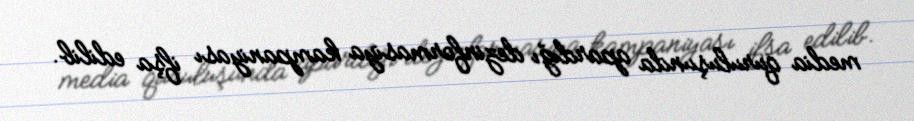
media quruluşunda apardığı dezinformasiya kampaniyası ifşa edilib.